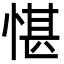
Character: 愖